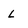
Character: L